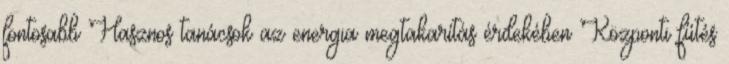
fontosabb Hasznos tanácsok az energia megtakarítás érdekében Központi fűtés